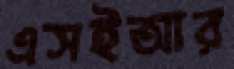
এসইআর